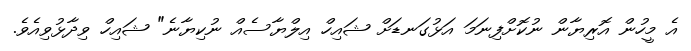
އެ މީހުން އޮރިޔާން ނުކޮށްފިނަމަ އަޅުގަނޑަށް ޝައިހް އިލްޔާސެއް ނުކިޔާނެ" ޝައިހް ވިދާޅުވިއެވެ.